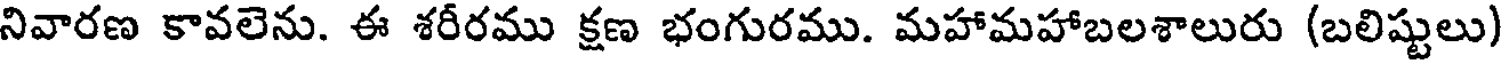
నివారణ కావలెను. ఈ శరీరము క్షణ భంగురము. మహామహాబలశాలురు (బలిష్టులు)